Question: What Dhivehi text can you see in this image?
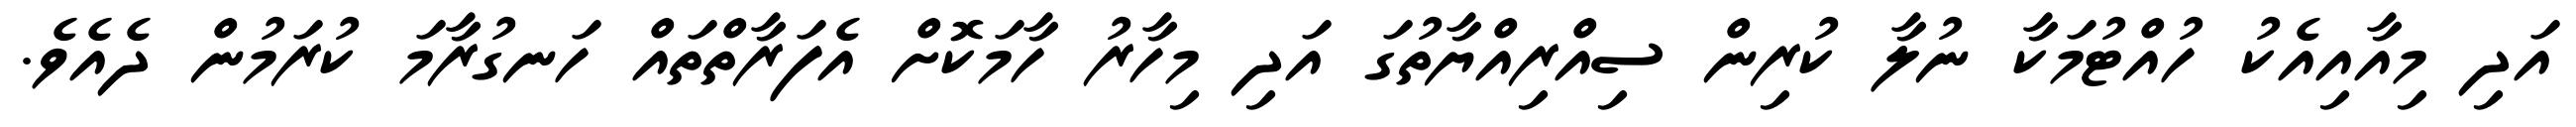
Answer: އަދި މިއާއިއެކު ހުއްޓުމަކާ ނުލާ ކުރިން ސިއްރިއްޔާތުގަ އަދި މިހާރު ހާމަކޮށް އެފަރާތްތައް ހަނގުރާމަ ކުރަމުން ދެއެވެ.